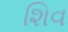
શિવ